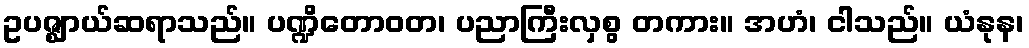
ဥပဇ္ဈာယ်ဆရာသည်။ ပဏ္ဍိတောဝတ၊ ပညာကြီးလှစွ တကား။ အဟံ၊ ငါသည်။ ယံနုန၊